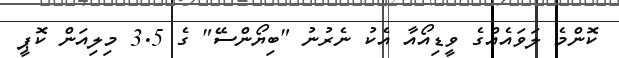
ކޮންމެ ލަވައެއްގެ ވީޑިއޯއާ އެކު ނެރުނު "ބިޔޯންސޭ" ގެ 3.5 މިލިއަން ކޮޕީ